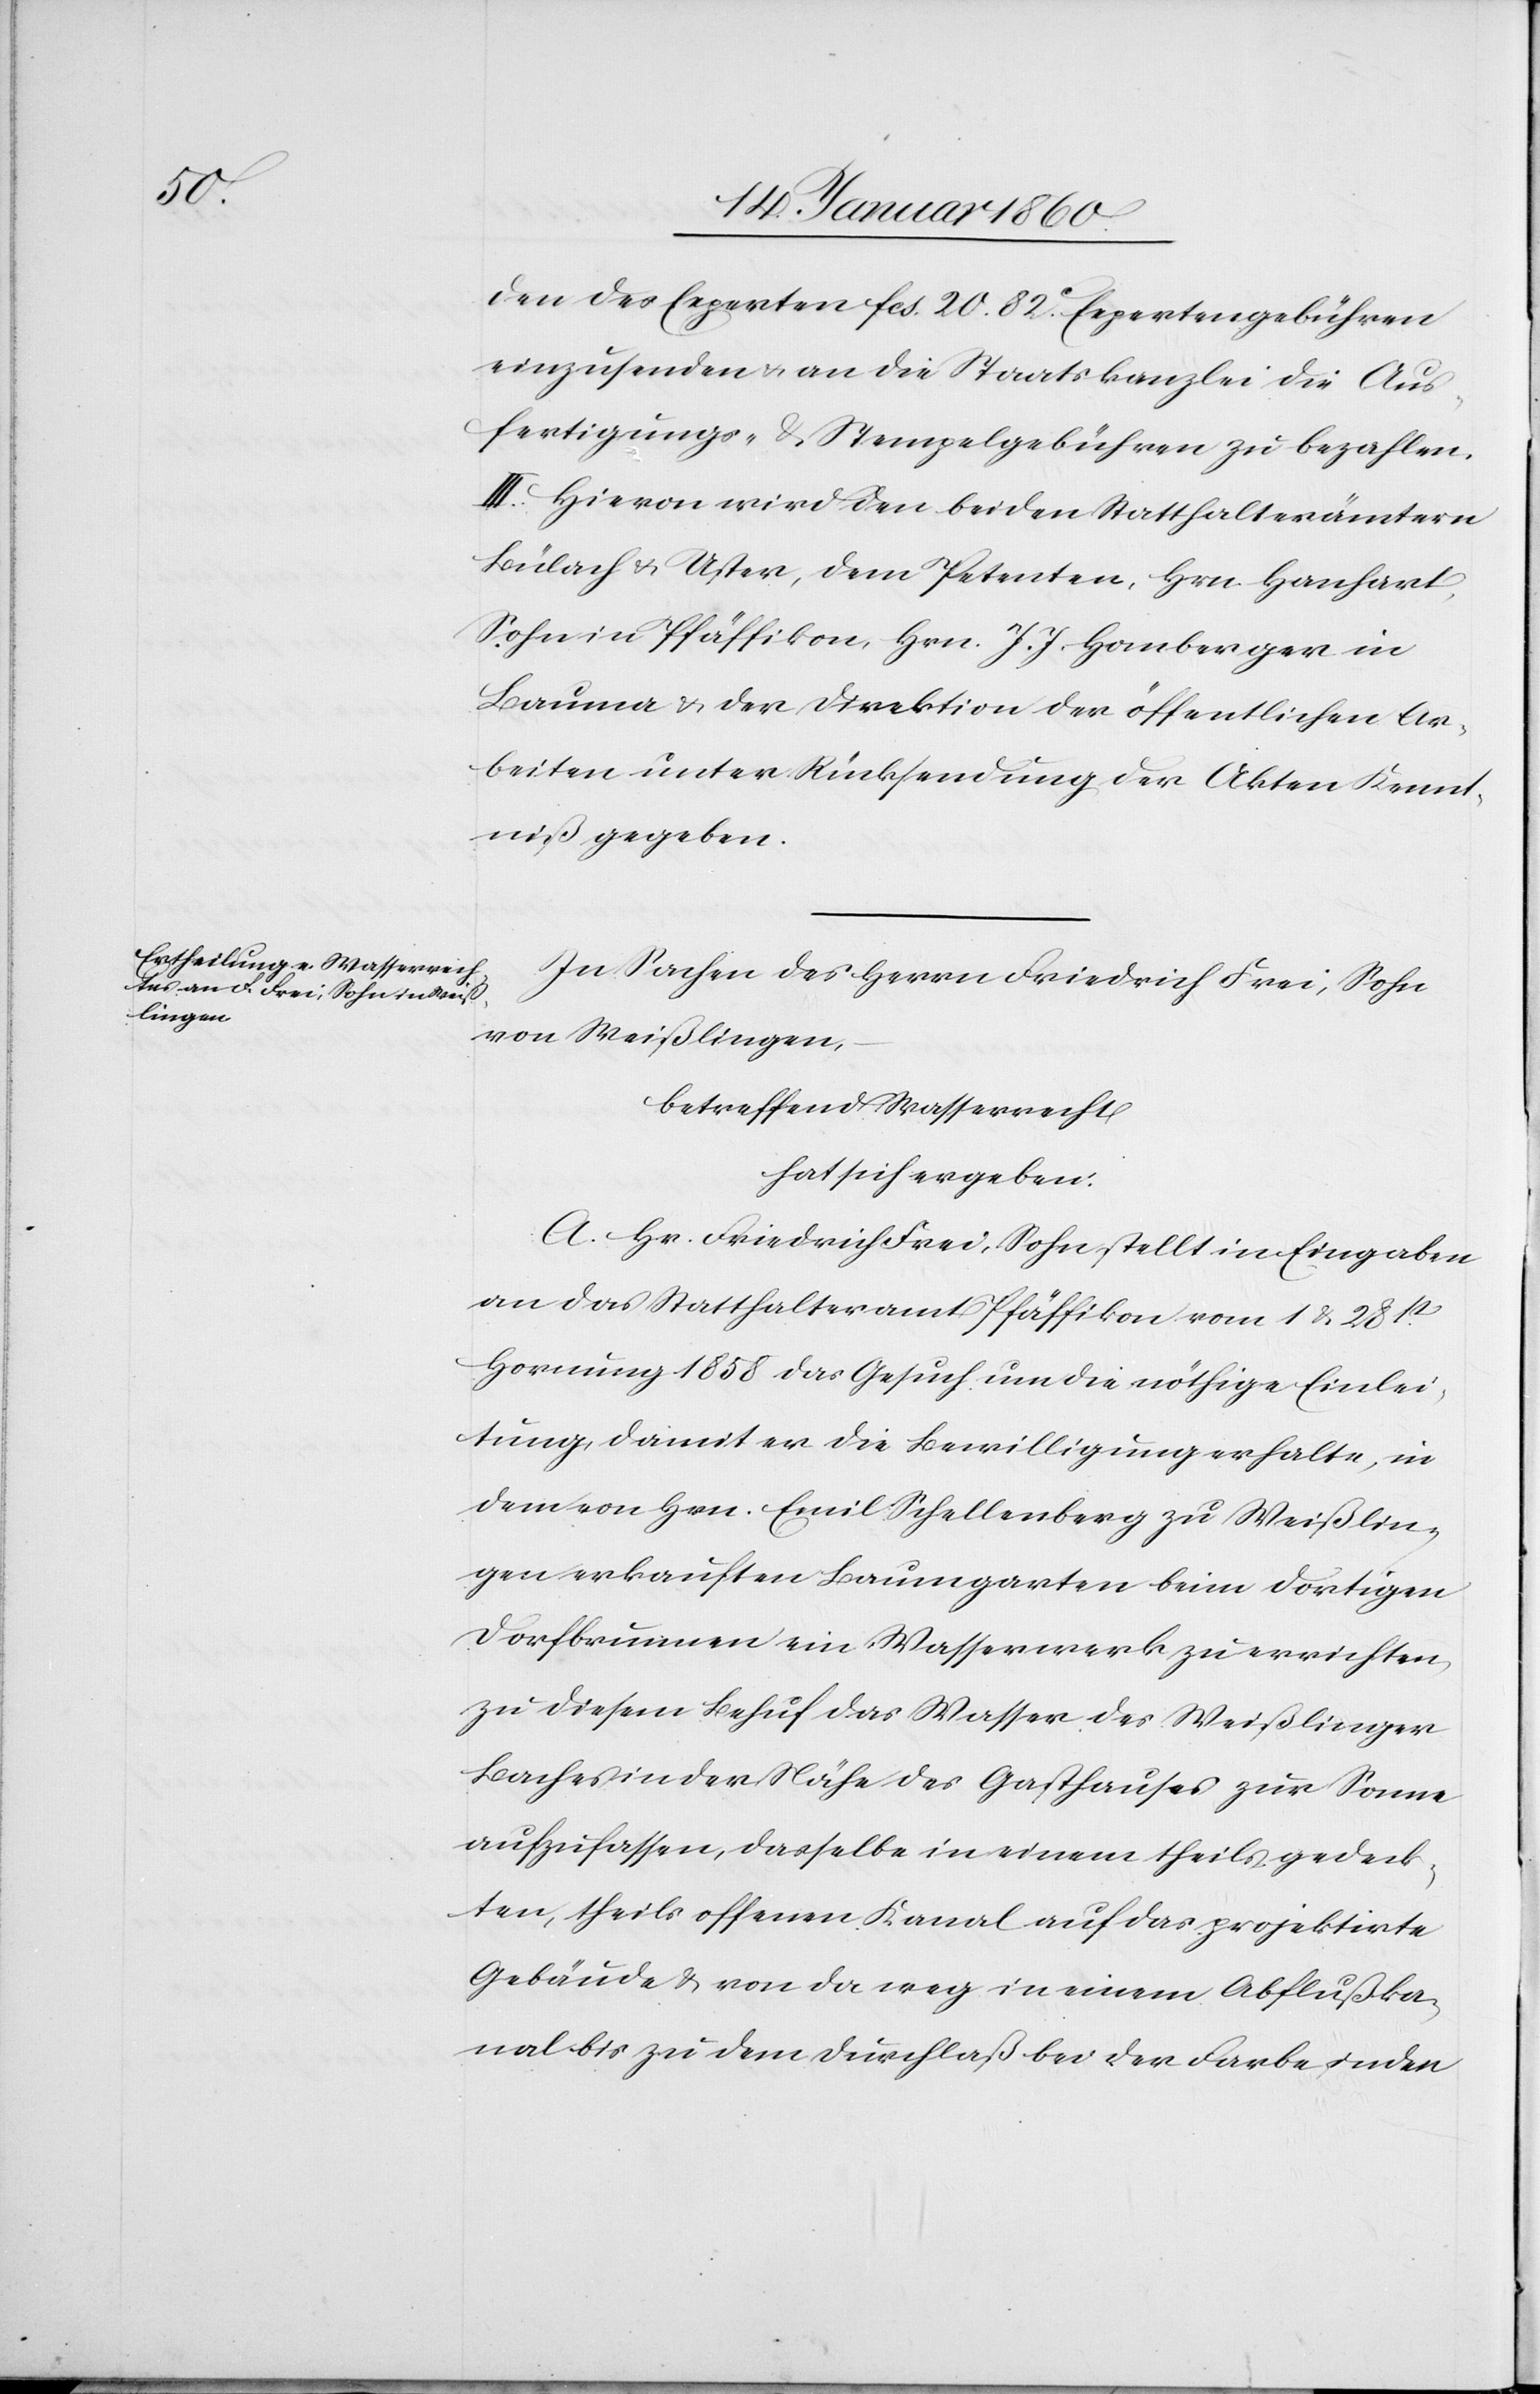
den der Experten fcs. 20. 82 c Expertengebühren
einzusenden u. an die Staatskanzlei die Aus¬
fertigungs- u. Stempelgebühren zu bezahlen.
III. Hievon wird den beiden Statthalterämtern
Bülach u. Uster, dem Petenten, Hrn. Hanhart,
Sohn in Pfäffikon, Hrn. J. J. Homberger in
Bauma u. der Direktion der öffentlichen Ar¬
beiten unter Rücksendung der Akten Kennt¬
niß gegeben.
In Sachen des Herrn Friedrich Frei, Sohn
von Weißlingen,
betreffend Wasserrecht
hat sich ergeben:
A. Hr. Friedrich Frei, Sohn, stellt in Eingaben
an das Statthalteramt Pfäffikon vom 1 u. 28tn
Hornung 1858 das Gesuch um die nöthige Einlei¬
tung, damit er die Bewilligung erhalte, in
dem von Hrn. Emil Schellenberg zu Weißlin¬
gen verkauften Baumgarten beim dortigen
Dorfbrunnen ein Wasserwerk zu errichten,
zu diesem Behuf das Wasser des Weißlinger
Baches in der Nähe des Gasthauses zur Sonne
aufzufassen, dasselbe in einem theils gedeck¬
ten, theils offenen Kanal auf das projektirte
Gebäude u. von da weg in einem Abflußka¬
nal bis zu dem Durchlaß bei der Farbe u. an den